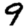
Digit: 9